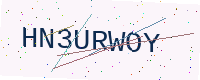
Text: HN3URWOY